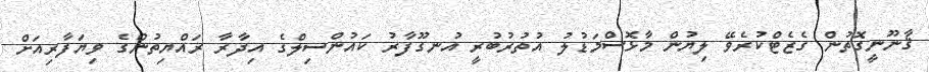
ޤާނޫނީގޮތުން ގެޒެޓްކުރެވޭ ލިޔުން މާޅޮސްމަޑުލު އުތުރުބުރީ އުނގޫފާރު ކައުންސިލްގެ އިދާރާ ރައްޔިތުންގެ ވިޔަފާރިއަށް